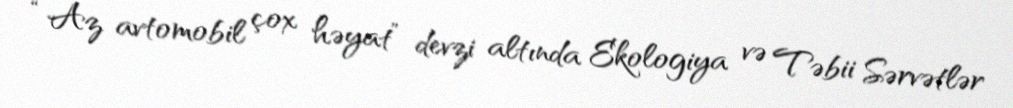
“Az avtomobil çox həyat” devzi altında Ekologiya və Təbii Sərvətlər